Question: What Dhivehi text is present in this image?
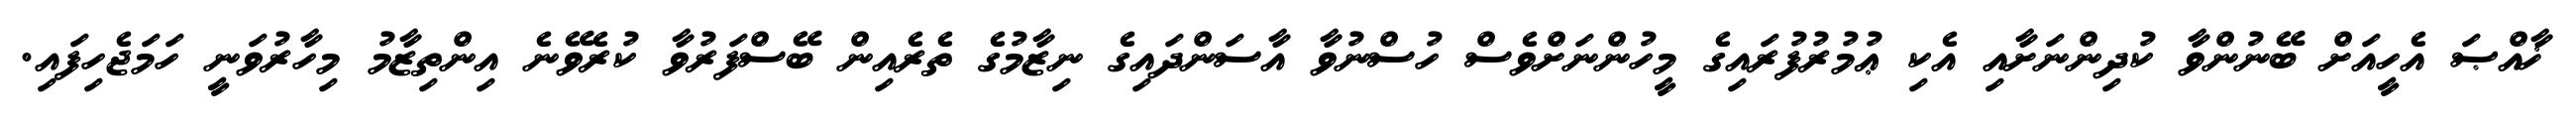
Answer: ޚާއްޞަ އެހީއަށް ބޭނުންވާ ކުދިންނަށާއި އެކި ޢުމުރުފުރައިގެ މީހުންނަށްވެސް ހުސްނުވާ އާސަންދައިގެ ނިޒާމުގެ ތެރެއިން ބޭސްފަރުވާ ކުރެވޭނެ އިންތިޒާމު މިހާރުވަނީ ހަމަޖެހިފައި.